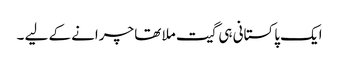
ایک پاکستانی ہی گیت ملا تھا چرانے کے لیے ۔